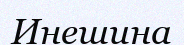
Инешина